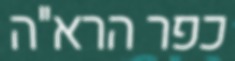
כפר הרא"ה